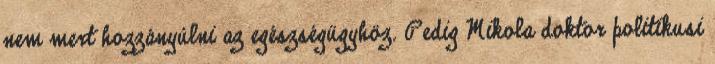
nem mert hozzányúlni az egészségügyhöz. Pedig Mikola doktor politikusi